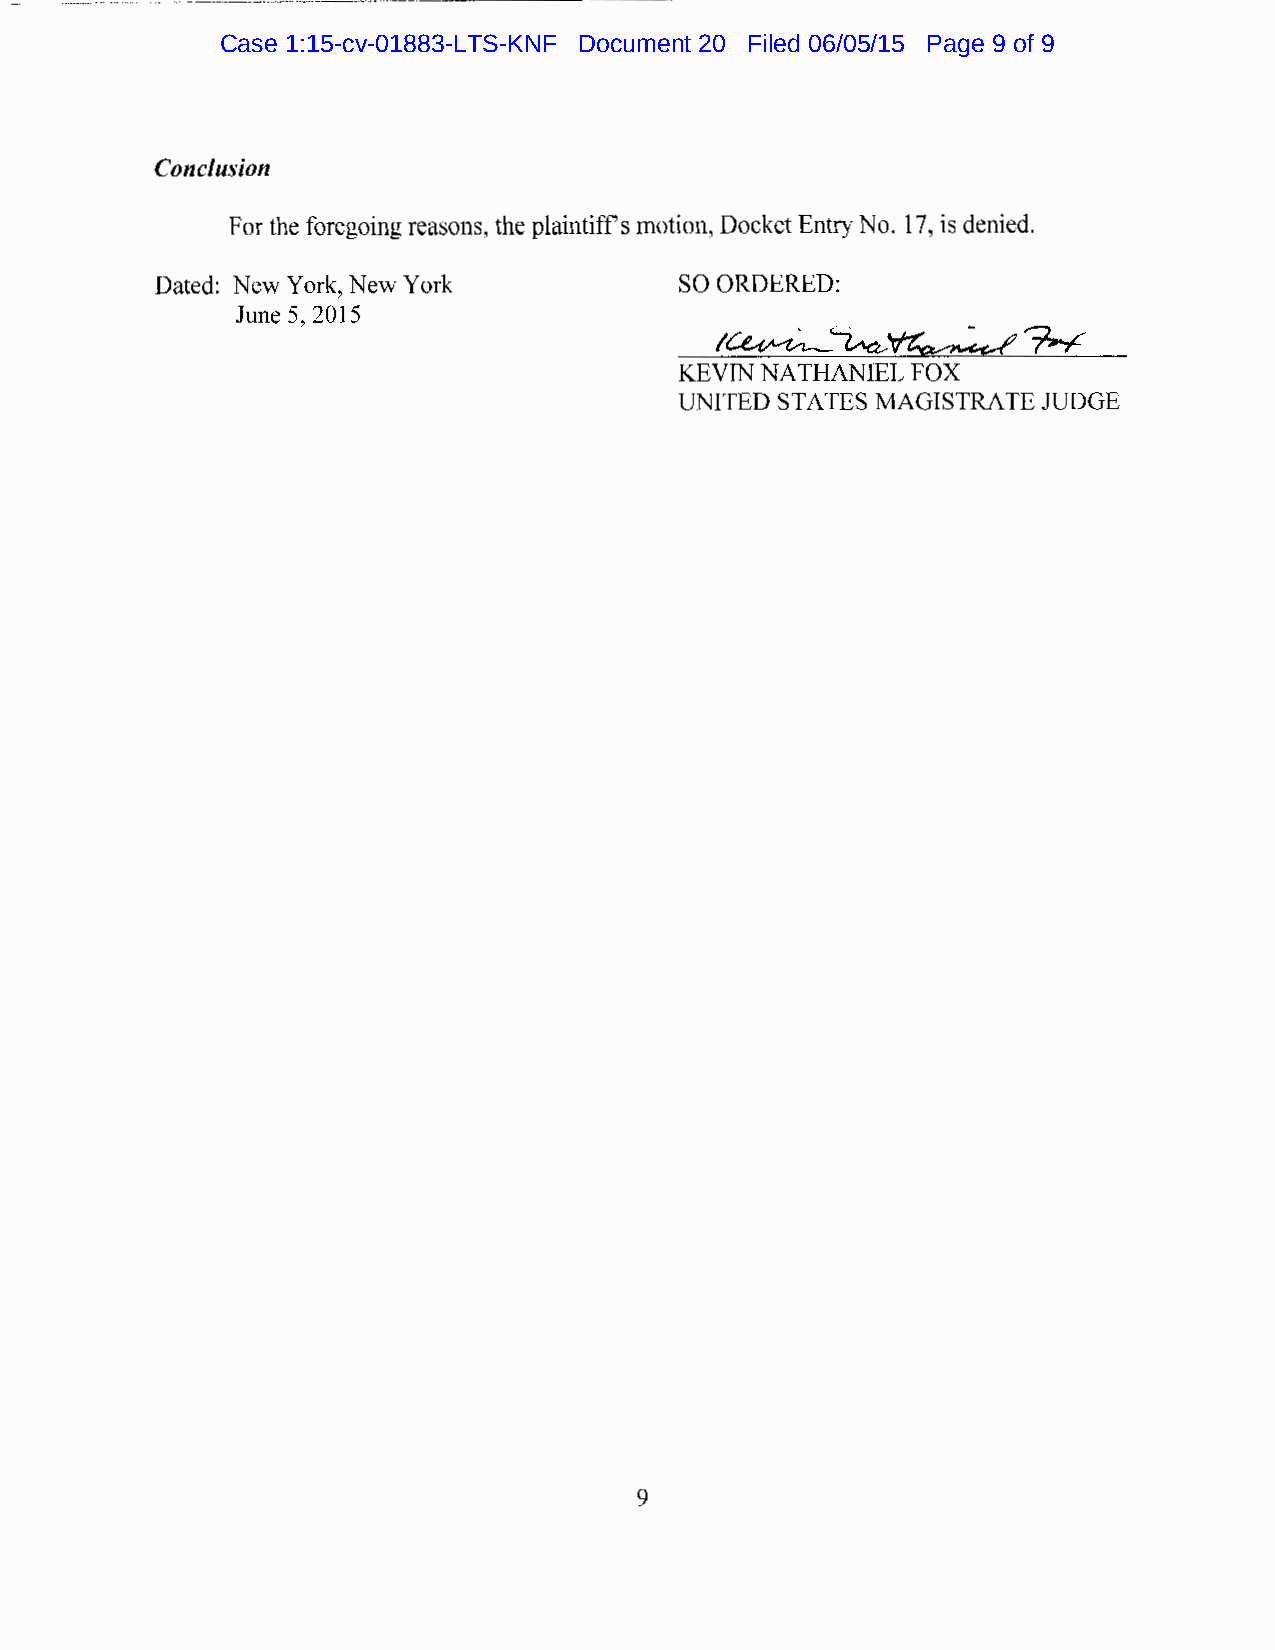
--------------------------
 Case 1:15-cv-01883-LTS-KNF Document 20 Filed 06/05/15 Page 9 of 9
 Conclusion
 For the foregoing reasons, the plaintiffs motion, Docket Entry No. 17, is denied.
 Dated: New York, New York          SO ORDERED:
 June 5, 2015
 KEVIN NATHANIEL FOX
 UNITED STATES MAGISTRATE JUDGE
 9